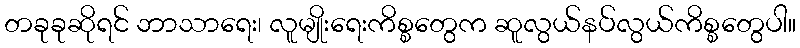
တခုခုဆိုရင် ဘာသာရေး၊ လူမျိုးရေးကိစ္စတွေက ဆူလွယ်နပ်လွယ်ကိစ္စတွေပါ။